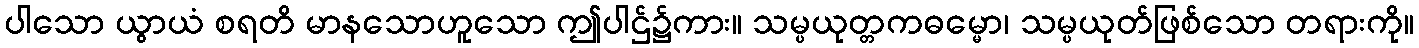
ပါသော ယွာယံ စရတိ မာနသောဟူသော ဤပါဌ်၌ကား။ သမ္ပယုတ္တကဓမ္မော၊ သမ္ပယုတ်ဖြစ်သော တရားကို။